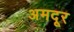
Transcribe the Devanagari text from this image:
अमदूर